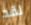
لقد